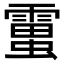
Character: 𧒜